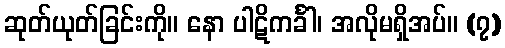
ဆုတ်ယုတ်ခြင်းကို။ နော ပါဋိကင်္ခါ၊ အလိုမရှိအပ်။ (၇)